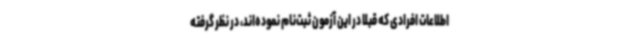
اطلاعات افرادی که قبلا در این آزمون ثبت‌نام نموده‌اند، در نظر گرفته